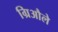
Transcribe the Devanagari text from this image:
ग्रिऔले